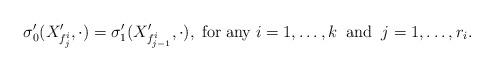
LaTeX: \begin{align*}\sigma'_0(X'_{f^i_{j}}, \cdot) = \sigma'_1(X'_{f^i_{j-1}}, \cdot), \; \mathrm{for}\;\mathrm{any}\; i=1,\ldots,k \;\;\mathrm{and}\;\; j=1,\ldots,r_i.\end{align*}